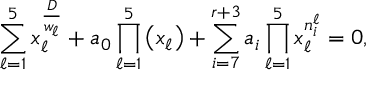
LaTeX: \sum _ { \ell = 1 } ^ { 5 } x _ { \ell } ^ { \frac { D } { w _ { \ell } } } + a _ { 0 } \prod _ { \ell = 1 } ^ { 5 } \left( x _ { \ell } \right) + \sum _ { i = 7 } ^ { r + 3 } a _ { i } \prod _ { \ell = 1 } ^ { 5 } x _ { \ell } ^ { n _ { i } ^ { \ell } } = 0 ,